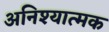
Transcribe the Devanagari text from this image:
अनिश्यात्मक